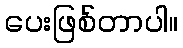
ပေးဖြစ်တာပါ။